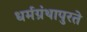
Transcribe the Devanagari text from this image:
धर्मग्रंथापुरते